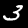
Digit: 3